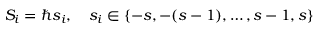
S _ { i } = \hbar s _ { i } , \quad s _ { i } \in \{ - s , - ( s - 1 ) , \dots , s - 1 , s \} \,